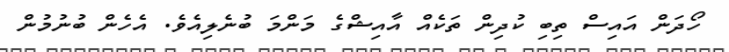
ހޯދަން އައިސް ތިބި ކުދިން ތަކެއް އާއިޝްގެ މަންމަ ބުނެލިއެވެ. އެހެން ބުނުމުން